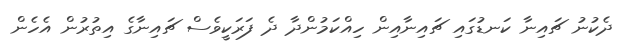
ދެކުނު ޗައިނާ ކަނޑުގައި ޗައިނާއިން ހިއްކަމުންދާ ދެ ފަރަކީވެސް ޗައިނާގެ އިތުރުން އެހެން